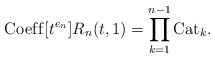
\begin{gather*}{\rm Coef\/f}[t^{e_{n}}] R_n(t,1) =\prod_{k=1}^{n-1} {\rm Cat}_k .\end{gather*}